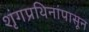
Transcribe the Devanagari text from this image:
शृंगप्रथिनांपासून